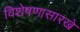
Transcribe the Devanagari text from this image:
विशेषणासारखे